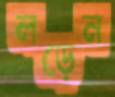
লড়েন